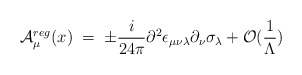
\begin{align*}{\cal A}_\mu^{reg} (x) \;=\;\pm \frac{i}{24\pi}\partial^2 \epsilon_{\mu\nu\lambda} \partial_\nu \sigma_\lambda+ {\cal O}(\frac{1}{\Lambda})\end{align*}